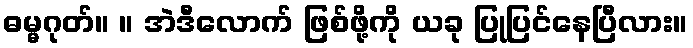
ဓမ္မဂုတ်။ ။ အဲဒီလောက် ဖြစ်ဖို့ကို ယခု ပြုပြင်နေပြီလား။